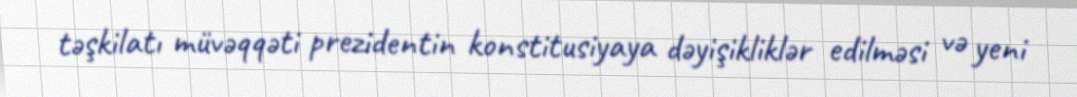
təşkilatı müvəqqəti prezidentin konstitusiyaya dəyişikliklər edilməsi və yeni